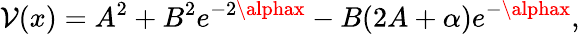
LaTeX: \mathcal{V}(x)=A^{2}+B^{2}e^{-2\alphax}-B(2A+\alpha)e^{-\alphax},